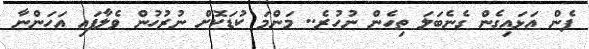
ފެން އަޅައިގެން ގެނެބަލަ ތިހެން ނުހުރެ.. މަންމަ ކުޑަކޮށް ނުރުހުން ވެލާފައި އަހަންނާ